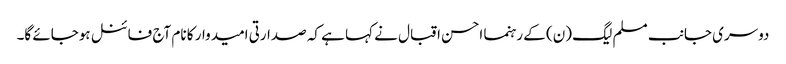
دوسری جانب مسلم لیگ (ن) کے رہنما احسن اقبال نے کہا ہے کہ صدارتی امیدوار کا نام آج فائنل ہوجائے گا۔